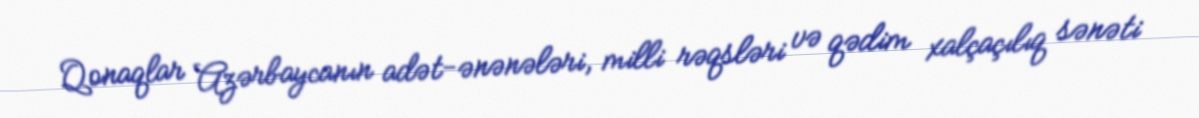
Qonaqlar Azərbaycanın adət-ənənələri, milli rəqsləri və qədim xalçaçılıq sənəti